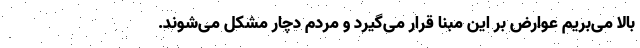
بالا می‌بریم عوارض بر این مبنا قرار می‌گیرد و مردم دچار مشکل می‌شوند.